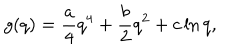
LaTeX: g ( q ) = \frac { a } { 4 } q ^ { 4 } + \frac { b } { 2 } q ^ { 2 } + c \ln { q } ,